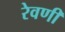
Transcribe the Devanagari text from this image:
रेवणी